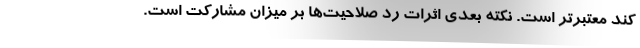
کند معتبرتر است. نکته بعدی اثرات رد صلاحیت‌ها بر میزان مشارکت است.